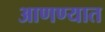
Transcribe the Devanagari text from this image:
आणण्यात